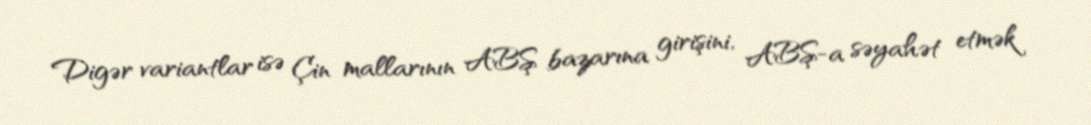
Digər variantlar isə Çin mallarının ABŞ bazarına girişini, ABŞ-a səyahət etmək